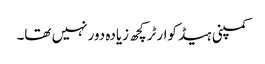
کمپنی ہیڈ کوارٹر کچھ زیادہ دور نہیں تھا۔